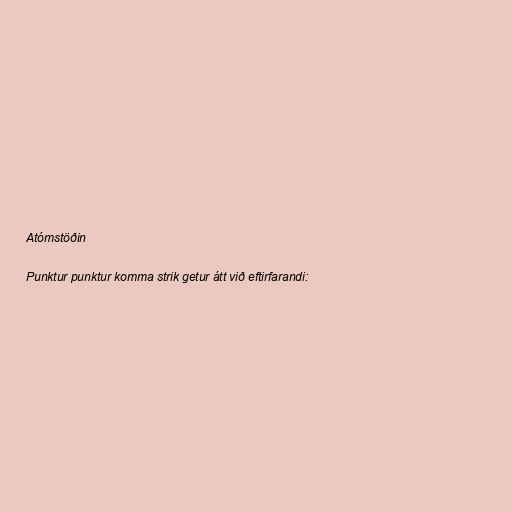
Atómstöðin

Punktur punktur komma strik getur átt við eftirfarandi: